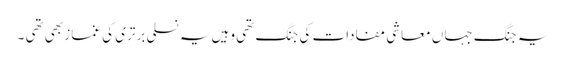
یہ جنگ جہاں معاشی مفادات کی جنگ تھی وہیں یہ نسلی برتری کی غماز بھی تھی ۔